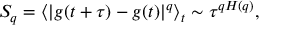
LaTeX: S _ { q } = \langle | g ( t + \tau ) - g ( t ) | ^ { q } \rangle _ { t } \sim \tau ^ { q H ( q ) } ,